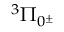
^ 3 \Pi _ { 0 ^ { \pm } }